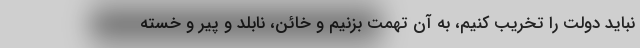
نباید دولت را تخریب کنیم، به آن تهمت بزنیم و خائن، نابلد و پیر و خسته